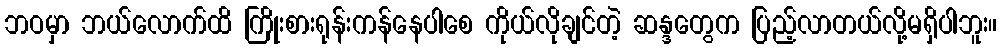
ဘဝမှာ ဘယ်လောက်ထိ ကြိုးစားရုန်းကန်နေပါစေ ကိုယ်လိုချင်တဲ့ ဆန္ဒတွေက ပြည့်လာတယ်လို့မရှိပါဘူး။